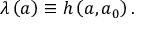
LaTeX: \lambda \left( a \right) \equiv h \left( a , a _ { 0 } \right) .